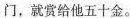
门，就赏给他五十金。